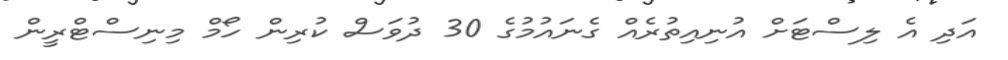
އަދި އެ ލިސްޓަށް އުނިއިތުރެއް ގެނައުމުގެ 30 ދުވަސް ކުރިން ހޯމް މިނިސްޓްރީން